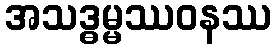
အသဒ္ဓမ္မဿဝနဿ